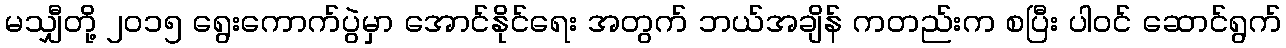
မသျှီတို့ ၂၀၁၅ ရွေးကောက်ပွဲမှာ အောင်နိုင်ရေး အတွက် ဘယ်အချိန် ကတည်းက စပြီး ပါဝင် ဆောင်ရွက်